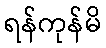
ရန်ကုန်မိ